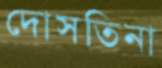
দোসতিনা